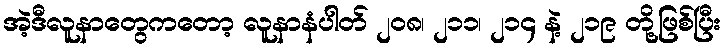
အဲ့ဒီလူနာတွေကတော့ လူနာနံပါတ် ၂၀၈၊ ၂၁၁၊ ၂၁၄ နဲ့ ၂၁၉ တို့ဖြစ်ပြီး